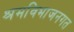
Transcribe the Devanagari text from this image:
श्रमविभाजनगत